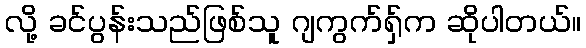
လို့ ခင်ပွန်းသည်ဖြစ်သူ ဂျကွက်ရှ်က ဆိုပါတယ်။